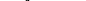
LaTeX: \smash{D_{i}^{\mathrm{~p~a~i~r~}}}